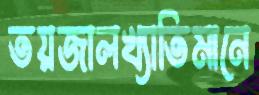
তয়জালখ্যাতিমানে